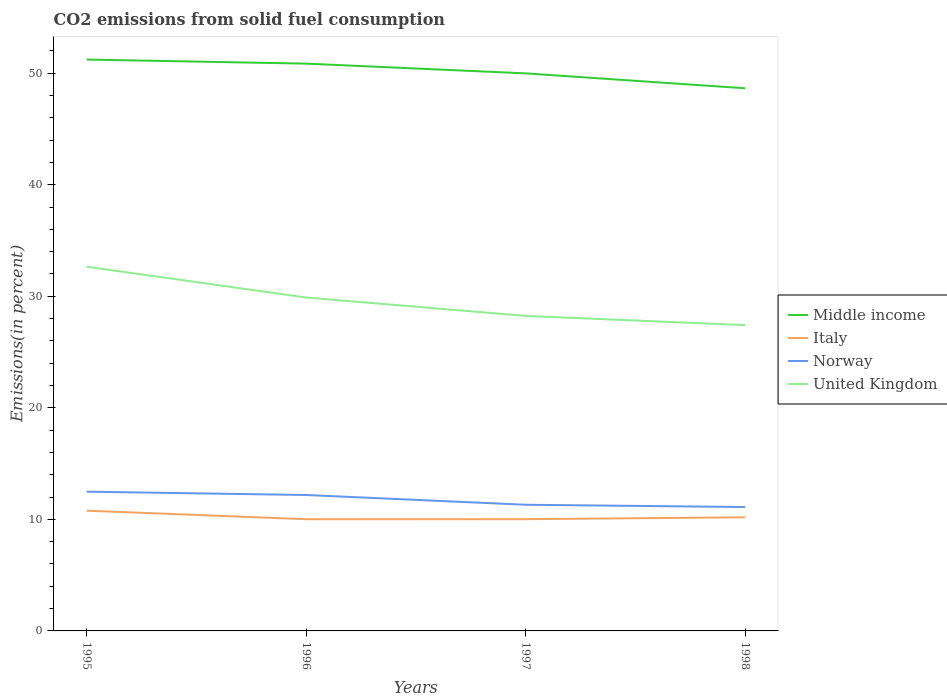
| Years | Middle income | Italy | Norway | United Kingdom |
 | --- | --- | --- | --- | --- |
 | 1995 | 51.2 | 10.8 | 12.5 | 32.7 |
 | 1996 | 50.9 | 10 | 12.2 | 29.9 |
 | 1997 | 50 | 10 | 11.3 | 28.2 |
 | 1998 | 48.6 | 10.2 | 11.1 | 27.4 |